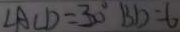
\angle A C D = 3 0 ^ { \circ } B D = 6